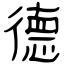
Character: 德